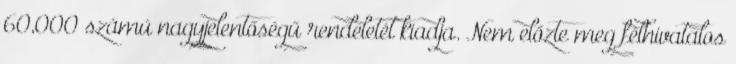
60,000 számú nagyjelentőségű rendeletét kiadja. Nem előzte meg félhivatalos